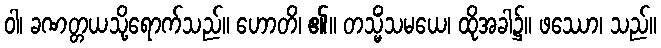
ဝါ၊ ခဏတ္တယသို့ရောက်သည်။ ဟောတိ၊ ၏။ တသ္မိံသမယေ၊ ထိုအခါ၌။ ဖဿော၊ သည်။